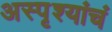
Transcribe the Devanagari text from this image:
अस्पृश्यांचं